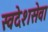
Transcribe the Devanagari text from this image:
स्वदेशसेवा